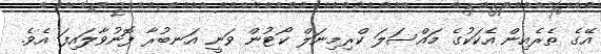
އޭގެ ތެރެއިން އެކަކުގެ މައްސަލަ ކްރިމިނަލް ކޯޓުން ވަނީ އަނބުރާ ފޮނުވާލައިފަ އެވެ.